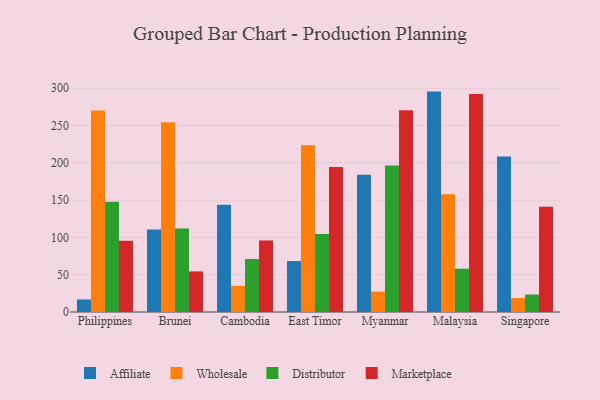
{"axis": {"x": "Country", "y": "Conversion Rate (%)"}, "legend": ["Affiliate", "Distributor", "Marketplace", "Wholesale"], "data": [{"x": "Philippines", "y": 16.8, "type": "Affiliate"}, {"x": "Philippines", "y": 270.1, "type": "Wholesale"}, {"x": "Philippines", "y": 147.6, "type": "Distributor"}, {"x": "Philippines", "y": 95.5, "type": "Marketplace"}, {"x": "Brunei", "y": 110.6, "type": "Affiliate"}, {"x": "Brunei", "y": 254.2, "type": "Wholesale"}, {"x": "Brunei", "y": 112.0, "type": "Distributor"}, {"x": "Brunei", "y": 54.4, "type": "Marketplace"}, {"x": "Cambodia", "y": 143.6, "type": "Affiliate"}, {"x": "Cambodia", "y": 35.0, "type": "Wholesale"}, {"x": "Cambodia", "y": 71.1, "type": "Distributor"}, {"x": "Cambodia", "y": 95.7, "type": "Marketplace"}, {"x": "East Timor", "y": 68.3, "type": "Affiliate"}, {"x": "East Timor", "y": 223.5, "type": "Wholesale"}, {"x": "East Timor", "y": 104.7, "type": "Distributor"}, {"x": "East Timor", "y": 194.5, "type": "Marketplace"}, {"x": "Myanmar", "y": 183.8, "type": "Affiliate"}, {"x": "Myanmar", "y": 27.3, "type": "Wholesale"}, {"x": "Myanmar", "y": 196.2, "type": "Distributor"}, {"x": "Myanmar", "y": 270.4, "type": "Marketplace"}, {"x": "Malaysia", "y": 295.4, "type": "Affiliate"}, {"x": "Malaysia", "y": 157.8, "type": "Wholesale"}, {"x": "Malaysia", "y": 58.1, "type": "Distributor"}, {"x": "Malaysia", "y": 292.3, "type": "Marketplace"}, {"x": "Singapore", "y": 208.3, "type": "Affiliate"}, {"x": "Singapore", "y": 18.7, "type": "Wholesale"}, {"x": "Singapore", "y": 23.4, "type": "Distributor"}, {"x": "Singapore", "y": 141.0, "type": "Marketplace"}]}